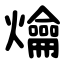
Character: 爚